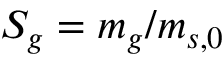
S _ { g } = m _ { g } / m _ { s , 0 }